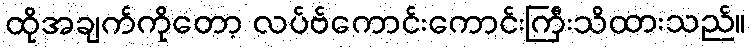
ထိုအချက်ကိုတော့ လပ်ဗ်ကောင်းကောင်းကြီးသိထားသည်။